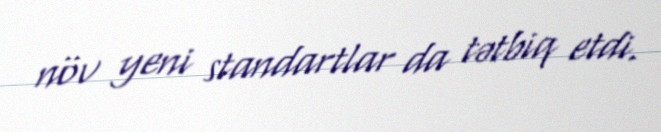
növ yeni standartlar da tətbiq etdi.